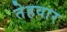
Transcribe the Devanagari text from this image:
तेहवार